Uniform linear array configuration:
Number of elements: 64
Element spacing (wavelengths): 0.25
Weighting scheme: hann
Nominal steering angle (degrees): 0
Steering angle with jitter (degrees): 0.5894
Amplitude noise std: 0.05
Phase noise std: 0.05

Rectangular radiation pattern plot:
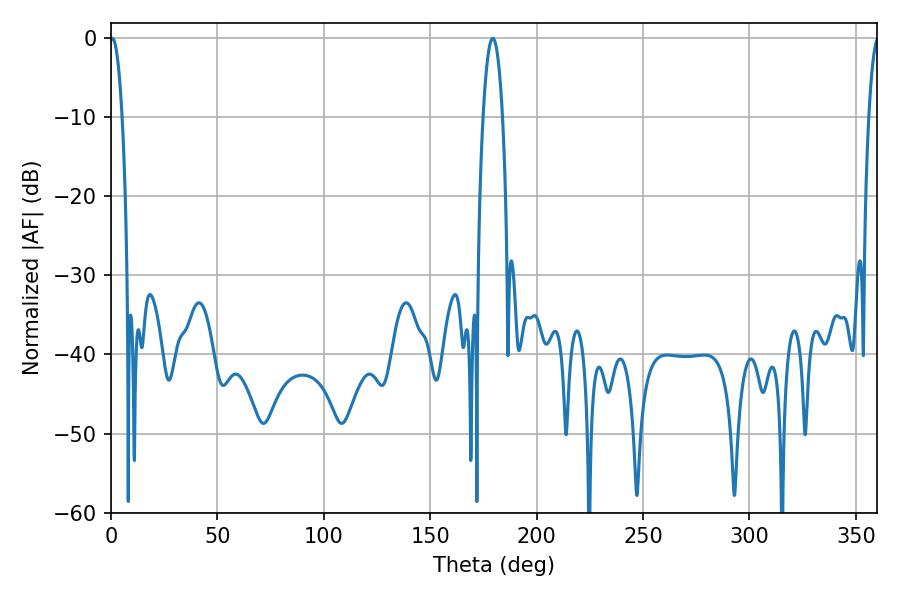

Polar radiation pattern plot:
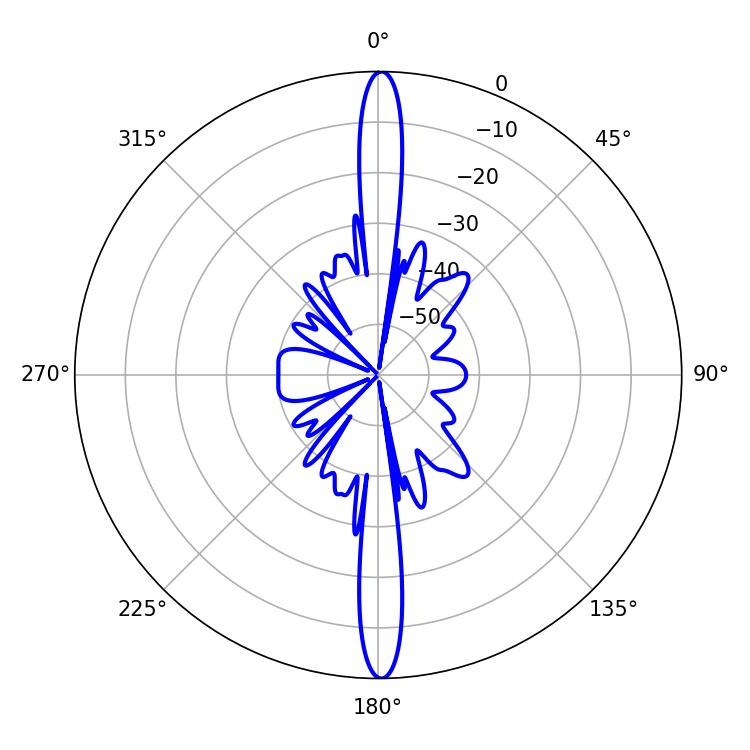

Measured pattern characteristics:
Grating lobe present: FALSE
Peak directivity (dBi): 29.797
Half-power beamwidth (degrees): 3.06
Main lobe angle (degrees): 0.54